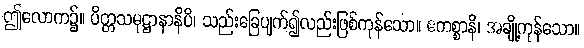
ဤလောက၌။ ပိတ္တသမုဋ္ဌာနာနိပိ၊ သည်းခြေပျက်၍လည်းဖြစ်ကုန်သော။ ဧကစ္စာနိ၊ အချို့ကုန်သော။